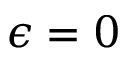
\epsilon = 0